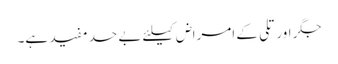
جگر اور تلی کے امراض کیلئے بے حد مفید ہے۔